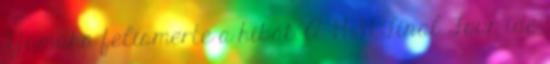
Yamaha felismerte a hibát. A. 19:39 Final Four ide